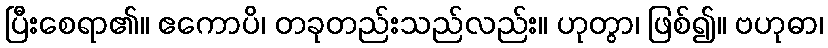
ပြီးစေရာ၏။ ဧကောပိ၊ တခုတည်းသည်လည်း။ ဟုတွာ၊ ဖြစ်၍။ ဗဟုဓာ၊